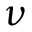
\nu